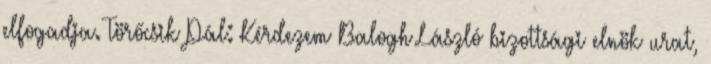
elfogadja. Törőcsik Pál: Kérdezem Balogh László bizottsági elnök urat,